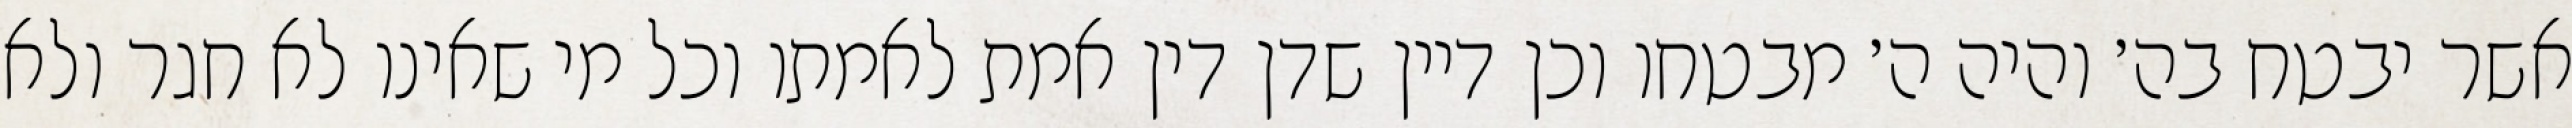
אשר יבטח בה׳ והיה ה׳ מבטחו וכן דיין שדן דין אמת לאמתו וכל מי שאינו לא חגר ולא